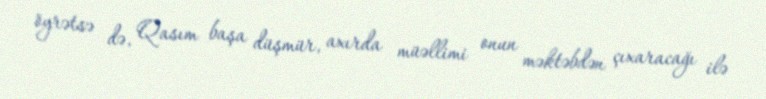
öyrətsə də, Qasım başa düşmür, axırda müəllimi onun məktəbdən çıxaracağı ilə